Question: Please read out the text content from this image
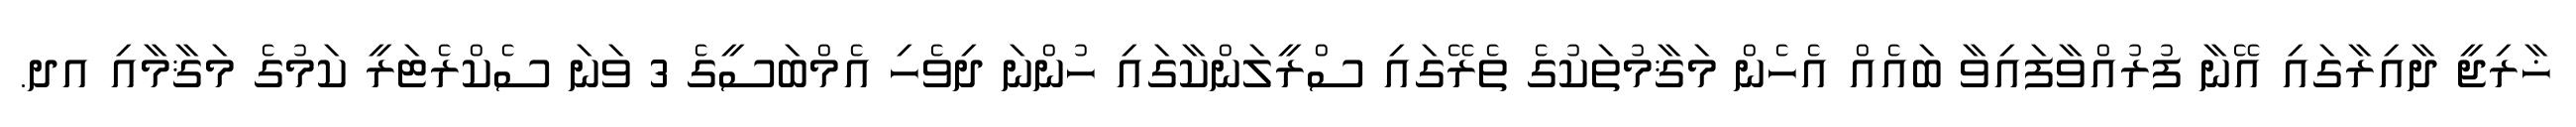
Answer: ޚާރިޖީ ދާއިރާގައި އޭނާ ފުރުއްވާފައިވާ ބައެއް އެހެން މަޤާމުތަކުގެ ތެރޭގައި ސްރީލަންކާގައި ހުންނަ ދިވެހި އެމްބަސީގެ 3 ވަނަ ސެކްރެޓަރީ ކަމުގެ މަޤާމާއި އދ.